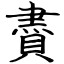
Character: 賮